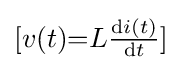
[v(t){=}L{\tfrac {\mathrm {d} i(t)}{\mathrm {d} t}}]